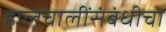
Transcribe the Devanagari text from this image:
हालचालींसंबंधीचा